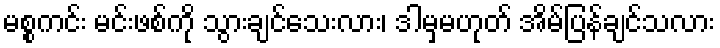
မစ္စကင်း မင်းဖစ်ကို သွားချင်သေးလား၊ ဒါမှမဟုတ် အိမ်ပြန်ချင်သလား